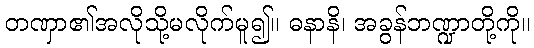
တဏှာ၏အလိုသို့မလိုက်မူ၍။ ဓနာနိ၊ အခွန်ဘဏ္ဍာတို့ကို။